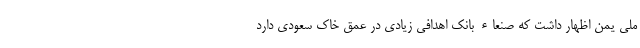
ملی یمن اظهار داشت که صنعاء بانک اهدافی زیادی در عمق خاک سعودی دارد